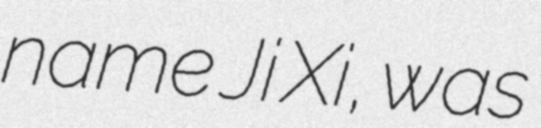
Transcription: name Ji Xi, was